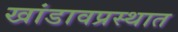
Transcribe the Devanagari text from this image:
खांडावप्रस्थात